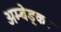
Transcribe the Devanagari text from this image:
अम्बेड्कर